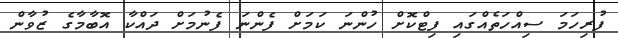
ފުރިހަމަ ސިއްހަތެއްގައި ފިޓްކޮށް ހުންނަ ކަމަށް ފެންނަ ފެނުމަށް ދައްކާ އޮބާމާގެ ޒުވާން